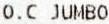
O.C JUMBO